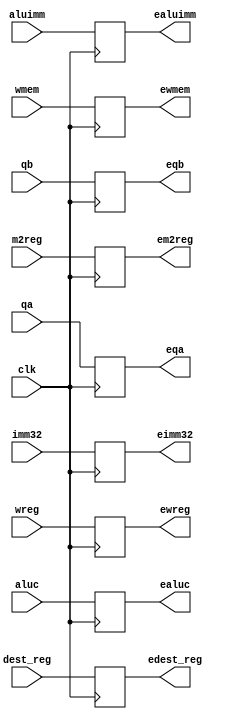
`timescale 1ns / 1ps
//////////////////////////////////////////////////////////////////////////////////
// Company: 
// Engineer: 
// 
// Design Name: 
// Module Name: idexe_pipeline_register
// Project Name: 
// Target Devices: 
// Tool Versions: 
// Description: 
// 
// Dependencies: 
// 
// Revision:
// Revision 0.01 - File Created
// Additional Comments:
// 
//////////////////////////////////////////////////////////////////////////////////


module idexe_pipeline_register(
    input clk,
    input wreg,
    input m2reg,
    input wmem,
    input [3:0] aluc,
    input aluimm,
    input [4:0] dest_reg,
    input [31:0] qa,
    input [31:0] qb,
    input [31:0] imm32,
    output reg ewreg,
    output reg em2reg,
    output reg ewmem,
    output reg [3:0] ealuc,
    output reg ealuimm,
    output reg [4:0] edest_reg,
    output reg [31:0] eqa,
    output reg [31:0] eqb,
    output reg [31:0] eimm32
    );
    
    always @(posedge clk) begin
        ewreg <= wreg;
        em2reg <= m2reg;
        ewmem <= wmem;
        ealuc <= aluc;
        ealuimm <= aluimm;
        edest_reg <= dest_reg;
        eqa <=qa;
        eqb <= qb;
        eimm32 <= imm32;
    end
endmodule